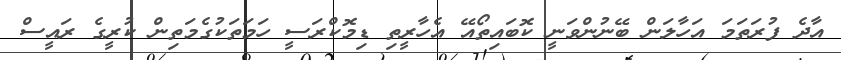
އާދެ ފުރަތަމަ އަހާލަން ބޭނުންވަނީ ކޮބައިތޯއޭ އެހާރީތި ޑިމޮކްރަސީ ހަމަތަކުގެމަތިން ކުރީގެ ރައީސް